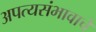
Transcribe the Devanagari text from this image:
अपत्यसंभावाचे